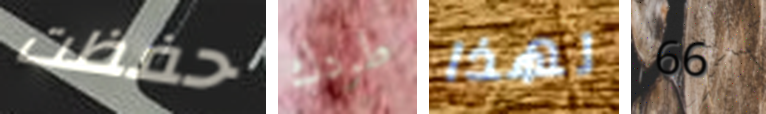
حفظت طردك لهذا 66